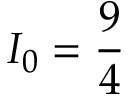
I _ { 0 } = \frac { 9 } { 4 }